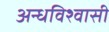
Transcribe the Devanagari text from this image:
अन्धविश्वासी